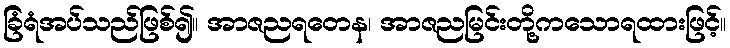
ခြံရံအပ်သည်ဖြစ်၍။ အာဇညရတေန၊ အာဇညမြင်းတို့ကသောရထားဖြင့်။